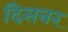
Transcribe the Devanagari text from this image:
दिसबर